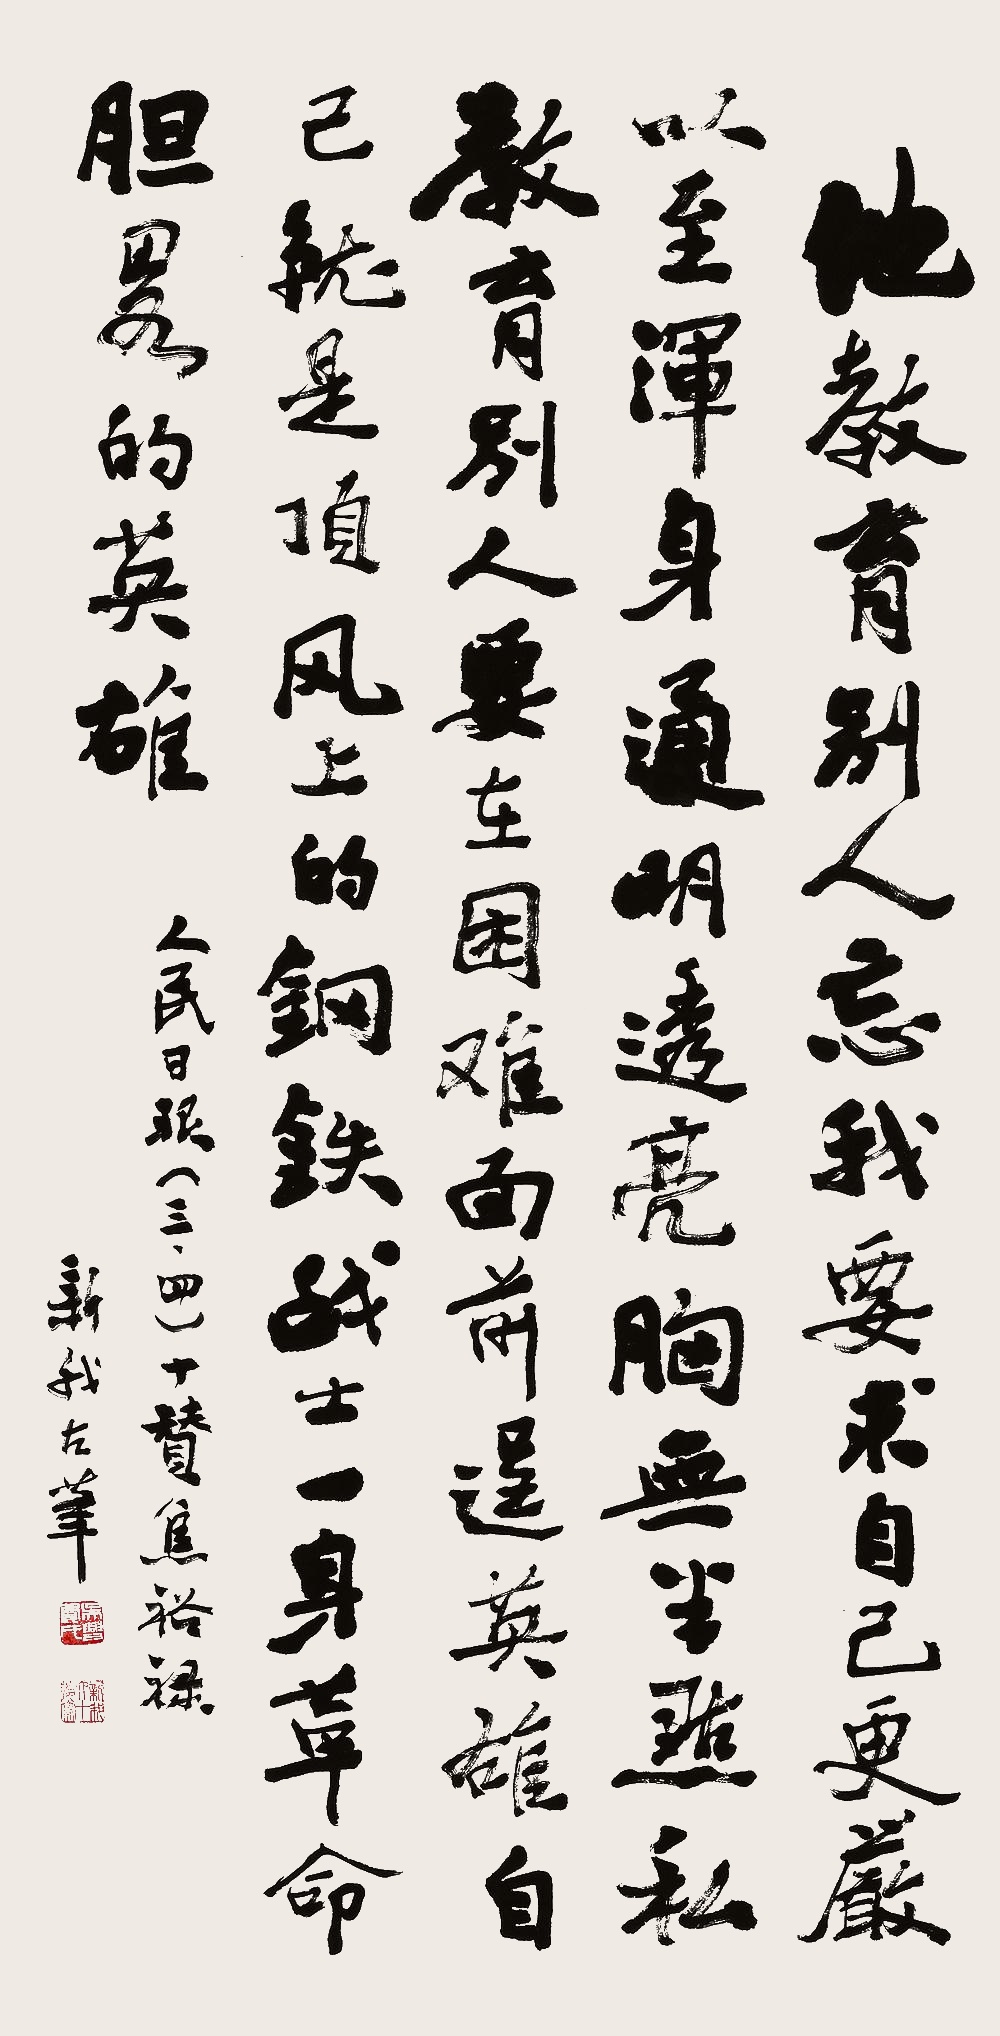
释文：他教育别人忘我，要求自己更严。以至浑身通明透亮，胸无半点私。教育别人要在困难面前逞英雄，自己就是项风上的钢铁战士，一身革命胆略的英雄。人民日报（三、四）十赞焦裕禄。新我左笔。吴兴费氏（白）新我六十后写（朱）